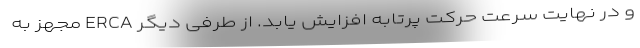
و در نهایت سرعت حرکت پرتابه افزایش یابد. از طرفی دیگر ERCA مجهز به